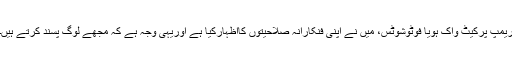
ریمپ پرکیٹ واک ہویا فوٹوشوٹس، میں نے اپنی فنکارانہ صلاحیتوں کااظہارکیا ہے اوریہی وجہ ہے کہ مجھے لوگ پسند کرتے ہیں۔